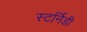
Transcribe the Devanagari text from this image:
स्टर्निडी